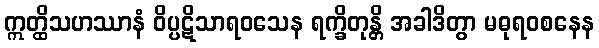
ဣတ္ထိသဟဿာနံ ဝိပ္ပဋိသာရဝသေန ရက္ခိတုန္တိ အခါဒိတွာ မဓုရဝစနေန